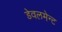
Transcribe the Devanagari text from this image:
डेवलमेन्ट